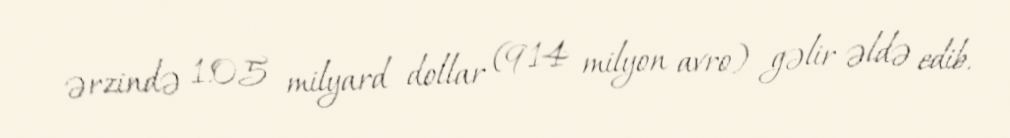
ərzində 1.05 milyard dollar (914 milyon avro) gəlir əldə edib.